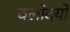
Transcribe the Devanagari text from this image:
बलोदयों